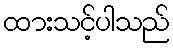
ထားသင့်ပါသည်